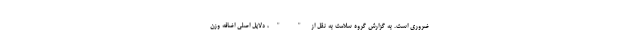
ضروری است. به گزارش گروه سلامت به نقل از " "، دلایل اصلی اضافه وزن